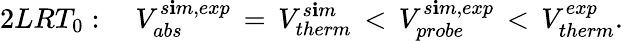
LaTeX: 2LRT_{0}:\, \, \, \, \, \, V_{abs}^{s\mathbf{i}m,exp}\, =\, V_{therm}^{s\mathbf{i}m}\, <\, V_{probe}^{s\mathbf{i}m,exp}\, <\, V_{therm}^{exp}.